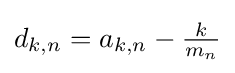
d_{k,n}=a_{k,n}-{\tfrac {k}{m_{n}}}